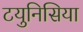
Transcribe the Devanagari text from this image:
टयुनिसिया